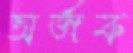
অর্জক